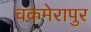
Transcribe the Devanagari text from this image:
चकमेरापुर